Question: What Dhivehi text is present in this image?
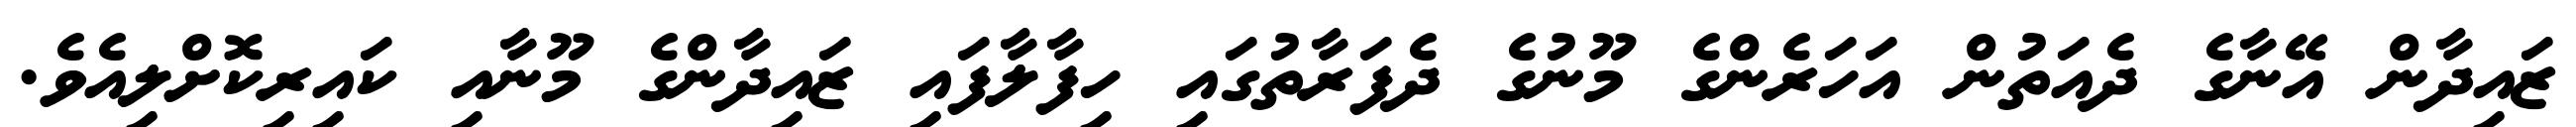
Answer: ޒައިދާން އޭނާގެ ދެއަތުން އަހަރެންގެ މޫނުގެ ދެފަރާތުގައި ހިފާލާފައި ޒައިދާންގެ މޫނާއި ކައިރިކޮށްލިއެވެ.